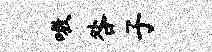
嗷咎子